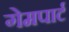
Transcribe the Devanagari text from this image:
गेमपार्ट